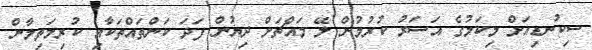
ސިކުނޑިއަށް މިކަމުގެ އަސަރު ކުރުމުން ލޭ މައްޗަށް ދިޔުން ފަދަ ކަންތައްތަކާއި ކުރިމަތިލާން